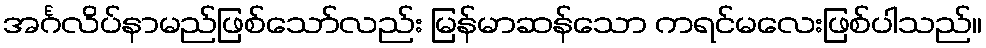
အင်္ဂလိပ်နာမည်ဖြစ်သော်လည်း မြန်မာဆန်သော ကရင်မလေးဖြစ်ပါသည်။